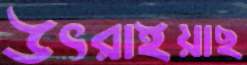
উৎরাইয়াছ